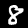
Digit: 8